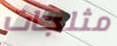
مثلجات